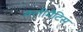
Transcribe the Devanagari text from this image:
क्लीमैटिस